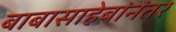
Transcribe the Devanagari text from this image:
बाबासाहेबांनंतर